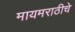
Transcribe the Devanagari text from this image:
मायमराठीचे